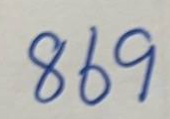
869